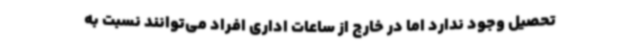
تحصیل وجود ندارد اما در خارج از ساعات اداری افراد می‌توانند نسبت به